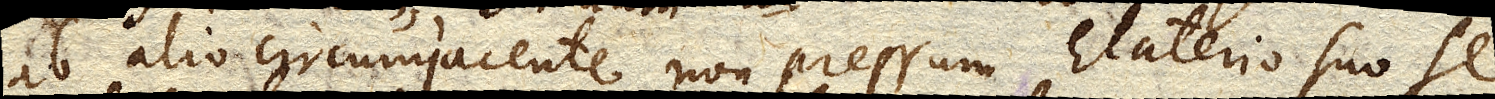
ab alio circumjacente non pressum Elaterio suo se